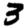
Digit: 3